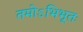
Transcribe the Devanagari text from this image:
तमोऽभिभूतः